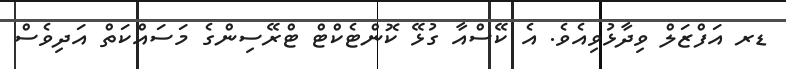
ޑރ އަފްޒަލް ވިދާޅުވިއެވެ. އެ ކޭސްއާ ގުޅޭ ކޮންޓެކްޓް ޓްރޭސިންގެ މަސައްކަތް އަދިވެސް